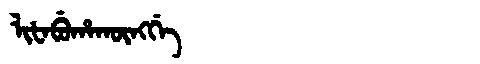
Manchu: ᠯᡳᡶᠠᠪᡠᡥᠠᡴᡡᠩᡤᡝ
Romanization: LIFABUHAKŪNGGE